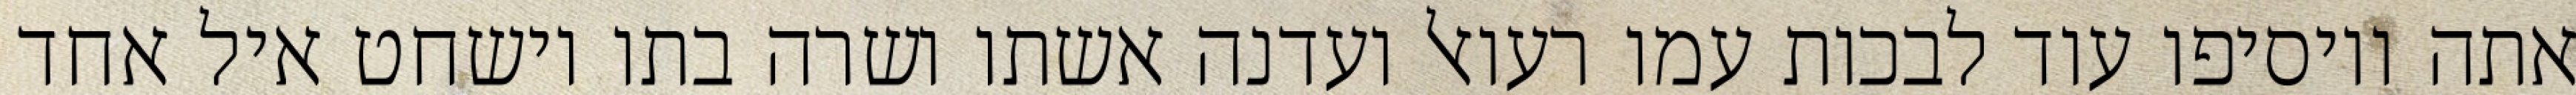
אתה ויוסיפו עוד לבכות עמו רעואל ועדנה אשתו ושרה בתו וישחט איל אחד